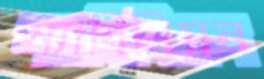
স্যাবিলিয়ন